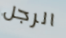
الرجل